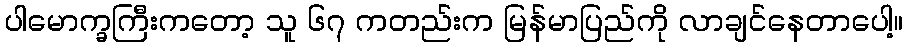
ပါမောက္ခကြီးကတော့ သူ ၆၇ ကတည်းက မြန်မာပြည်ကို လာချင်နေတာပေါ့။